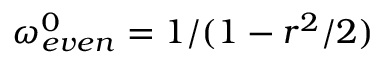
\omega _ { e v e n } ^ { 0 } = 1 / ( 1 - r ^ { 2 } / 2 )